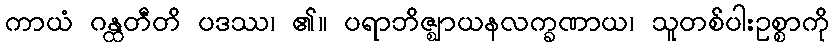
ကာယံ ဂန္ထတီတိ ပဒဿ၊ ၏။ ပရာဘိဇ္ဈာယနလက္ခဏာယ၊ သူတစ်ပါးဥစ္စာကို